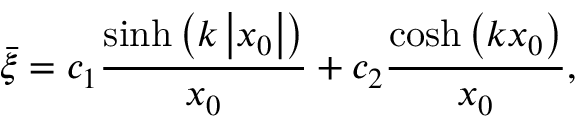
\bar { \xi } = c _ { 1 } \frac { \sinh \left( k \left| x _ { 0 } \right| \right) } { x _ { 0 } } + c _ { 2 } \frac { \cosh \left( k x _ { 0 } \right) } { x _ { 0 } } ,